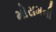
મોસમની